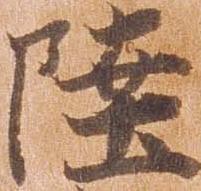
陸